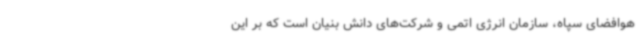
هوافضای سپاه، سازمان انرژی اتمی و شرکت‌های دانش بنیان است که بر این